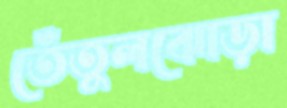
তেঁতুলঝোড়া